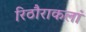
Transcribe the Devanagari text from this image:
रिठौराकलां